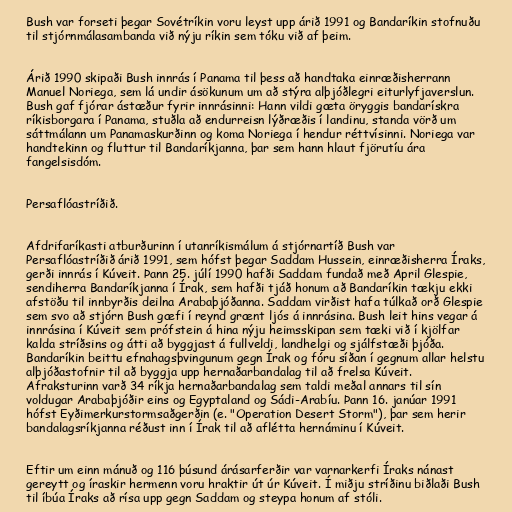
Bush var forseti þegar Sovétríkin voru leyst upp árið 1991 og Bandaríkin stofnuðu
til stjórnmálasambanda við nýju ríkin sem tóku við af þeim.

Árið 1990 skipaði Bush innrás í Panama til þess að handtaka einræðisherrann
Manuel Noriega, sem lá undir ásökunum um að stýra alþjóðlegri eiturlyfjaverslun.
Bush gaf fjórar ástæður fyrir innrásinni: Hann vildi gæta öryggis bandarískra
ríkisborgara í Panama, stuðla að endurreisn lýðræðis í landinu, standa vörð um
sáttmálann um Panamaskurðinn og koma Noriega í hendur réttvísinni. Noriega var
handtekinn og fluttur til Bandaríkjanna, þar sem hann hlaut fjörutíu ára
fangelsisdóm.

Persaflóastríðið.

Afdrifaríkasti atburðurinn í utanríkismálum á stjórnartíð Bush var
Persaflóastríðið árið 1991, sem hófst þegar Saddam Hussein, einræðisherra Íraks,
gerði innrás í Kúveit. Þann 25. júlí 1990 hafði Saddam fundað með April Glespie,
sendiherra Bandaríkjanna í Írak, sem hafði tjáð honum að Bandaríkin tækju ekki
afstöðu til innbyrðis deilna Arabaþjóðanna. Saddam virðist hafa túlkað orð Glespie
sem svo að stjórn Bush gæfi í reynd grænt ljós á innrásina. Bush leit hins vegar á
innrásina í Kúveit sem prófstein á hina nýju heimsskipan sem tæki við í kjölfar
kalda stríðsins og átti að byggjast á fullveldi, landhelgi og sjálfstæði þjóða.
Bandaríkin beittu efnahagsþvingunum gegn Írak og fóru síðan í gegnum allar helstu
alþjóðastofnir til að byggja upp hernaðarbandalag til að frelsa Kúveit.
Afraksturinn varð 34 ríkja hernaðarbandalag sem taldi meðal annars til sín
voldugar Arabaþjóðir eins og Egyptaland og Sádi-Arabíu. Þann 16. janúar 1991
hófst Eyðimerkurstormsaðgerðin (e. "Operation Desert Storm"), þar sem herir
bandalagsríkjanna réðust inn í Írak til að aflétta hernáminu í Kúveit.

Eftir um einn mánuð og 116 þúsund árásarferðir var varnarkerfi Íraks nánast
gereytt og íraskir hermenn voru hraktir út úr Kúveit. Í miðju stríðinu biðlaði Bush
til íbúa Íraks að rísa upp gegn Saddam og steypa honum af stóli.